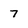
Character: 7